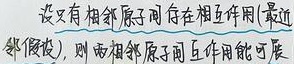
设只有相邻原子间存在相互作用(最近邻假设)，则两相邻原子间互作用能可展